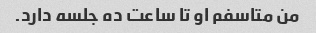
من متاسفم او تا ساعت ده جلسه دارد.